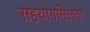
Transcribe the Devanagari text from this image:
सहयोगमिलता